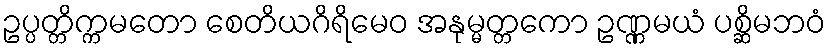
ဥပ္ပတ္တိက္ကမတော စေတိယဂိရိမေဝ အနုမ္မတ္တကော ဥဏ္ဏမယံ ပစ္ဆိမဘဝံ